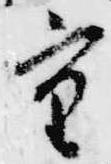
重